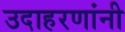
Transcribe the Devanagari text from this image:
उदाहरणांनी